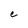
Character: e